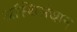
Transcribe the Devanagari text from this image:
अस्थिसंधान